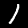
Digit: 1